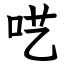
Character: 呓